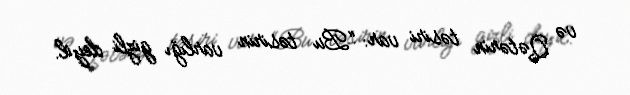
və Qətərin təsiri var: “Bu təsirin varlığı gizli deyil.